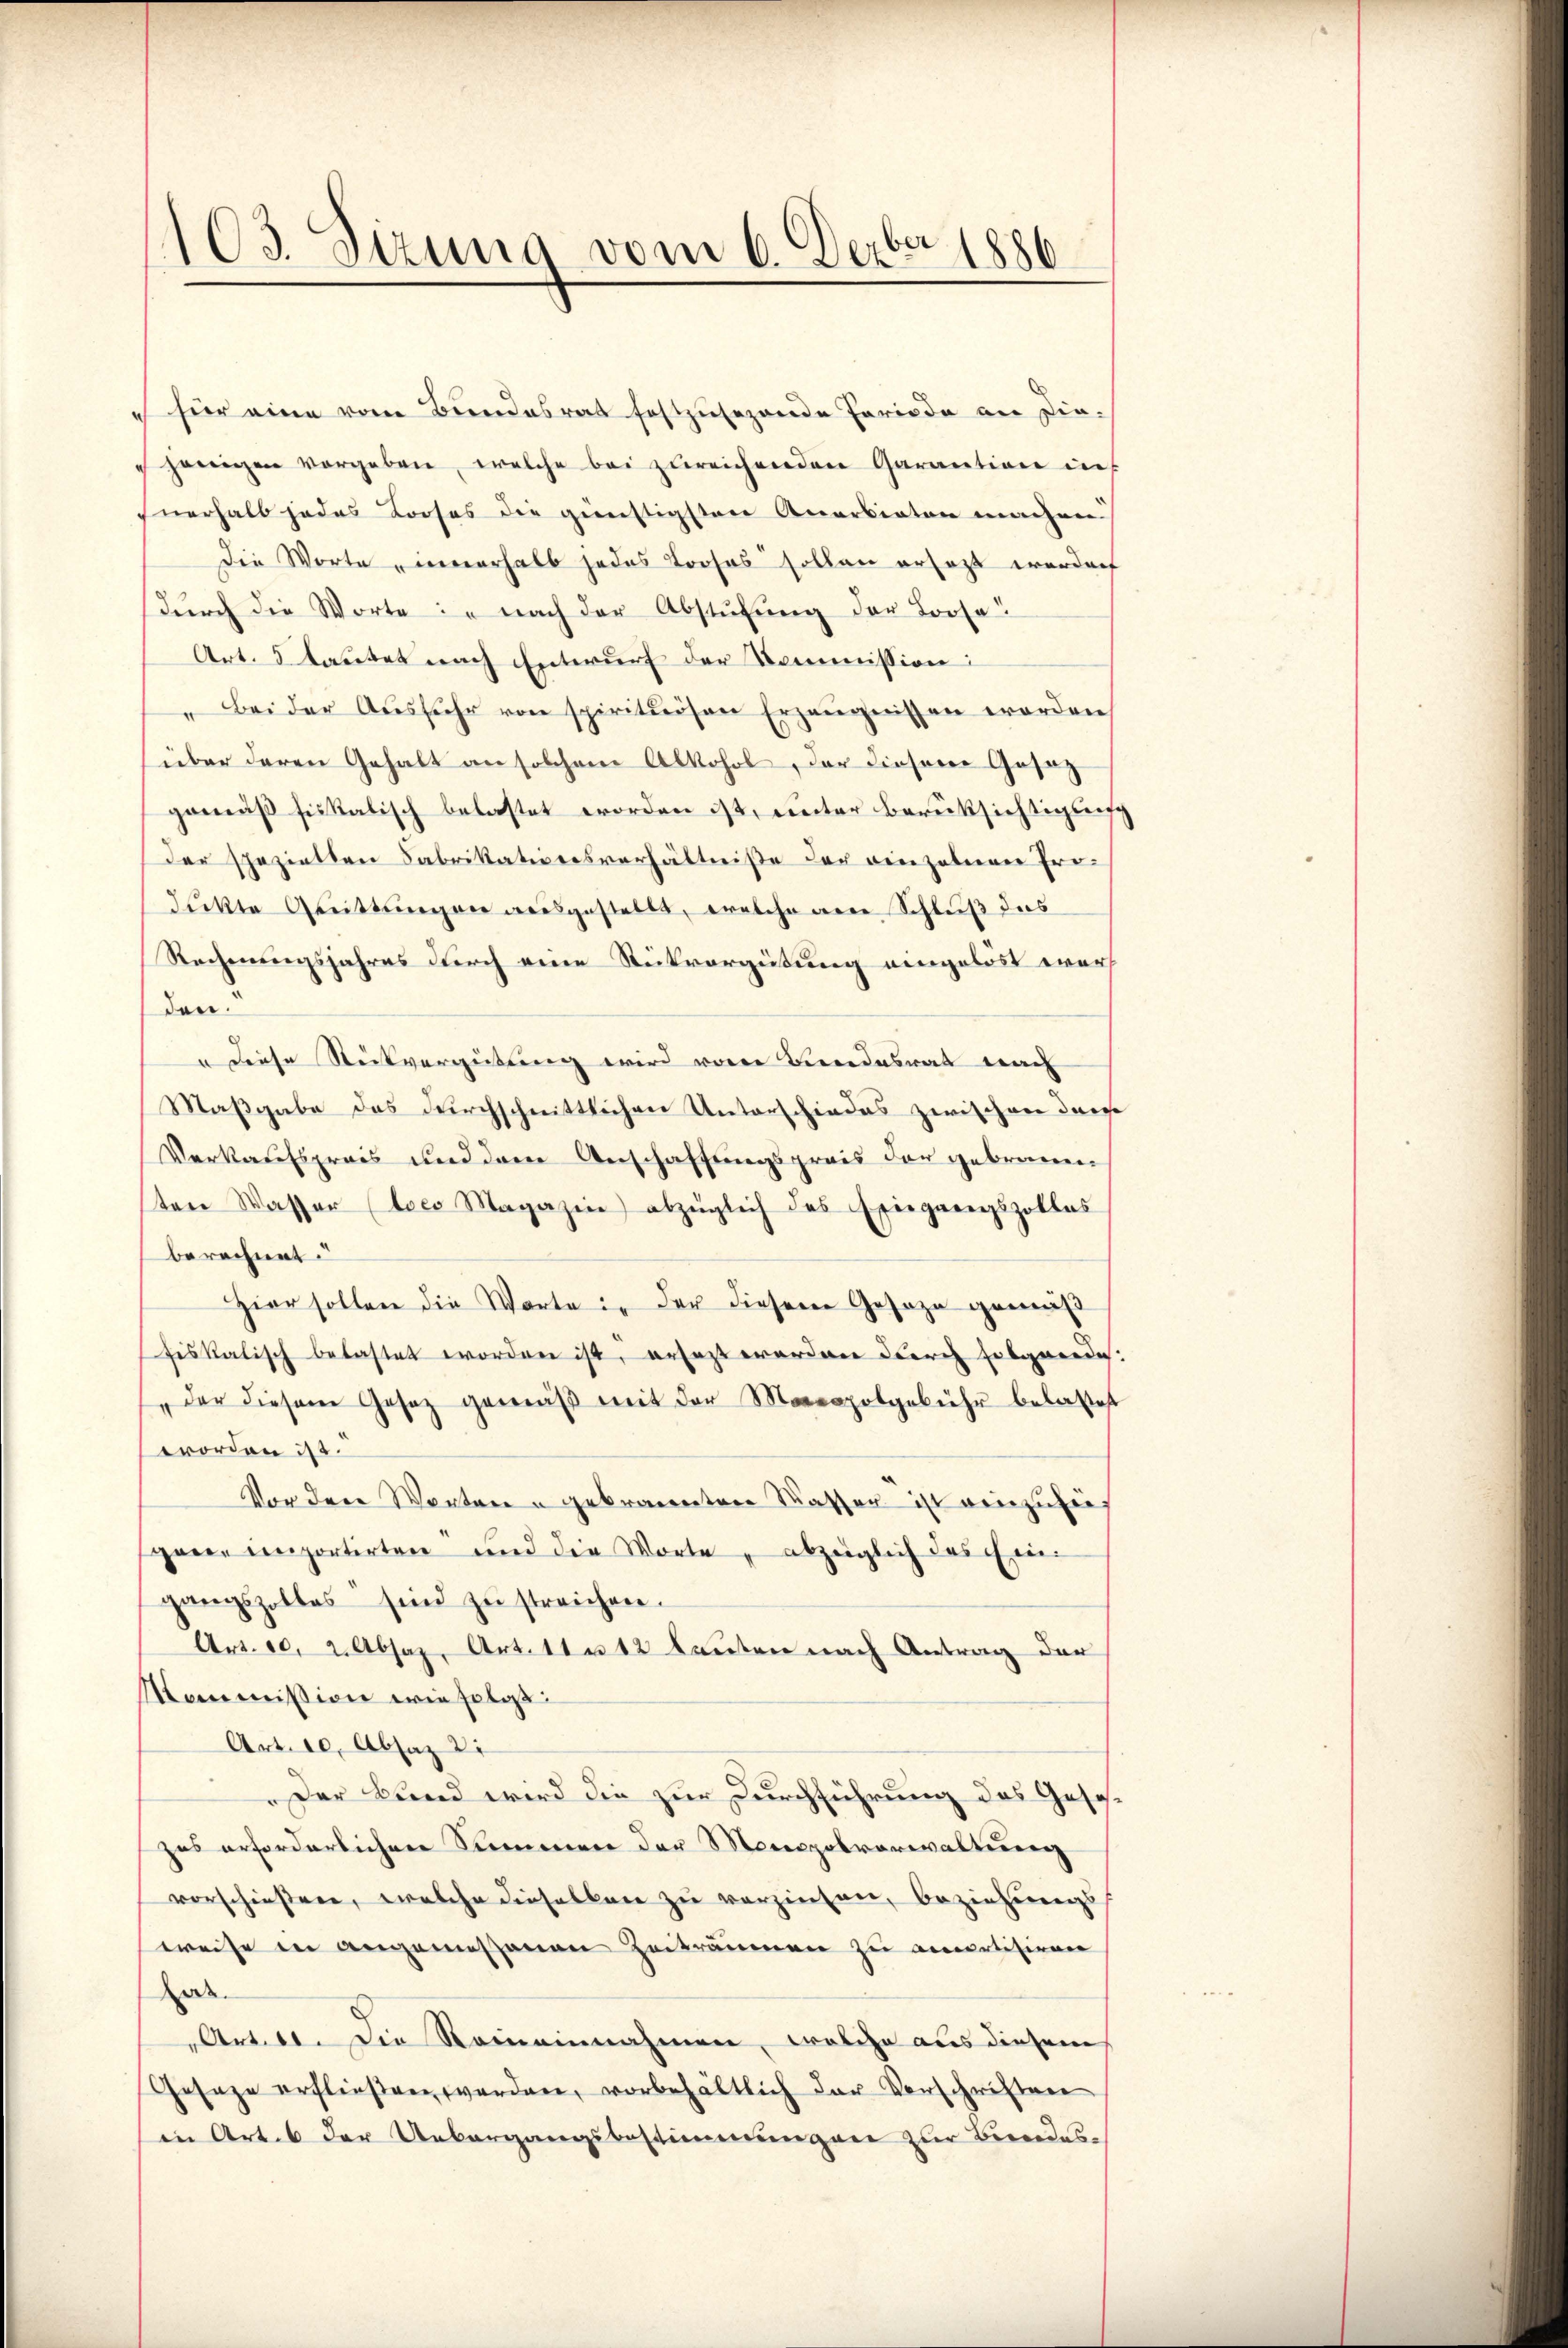
103. Sizung vom 6. Dezbr. 1886

e für eine vom Bundesrat festzusehende Periode an diejenigen vergeben, welche bei zureichenden Garantion in
nerhalb jedes Looses die günstigster Anerbieten machen
Die Worte innerhalb jedes Prosas sollen ersezt werden
dŭrch die Worte: " nach der Abstufung der Loose
Art. 5 lautet nach Entwurf der Kommission:
Beider Ausfuhr von spirituosen Erzeugnissen worden
über deren Gehalt an solchem Alkohol, der diesene Gesaz
gemäß fiskalisch belastet worden ist, unter Berüksichtigung
der speziellen Fabrikationsverhältniße der einzelnen Produkte Gattungen ausgestellt, welche am Schluß das
Rechnungsjahres durch eine Rückvergütung eingelöst war
den
" diese Reitvergütung wird von Bundesrat nach
Maßgabe des durchschnittlichen Unterschiedes zwischen dans
Verkaufspreis und dem Anschaffungspreis der gebrauen
ten Wasser (loco Magazin) abzüglich des Exiegangszolles
berechnet.
Hier sollen die Worte in der dieser Gesage gemäß
fiskalisch belastet worden ist, ersezt worden durch folgende
"der diesem Gesetz gemäβ mit der Monopolgebühr belastet
worden ist.
Vor den Worten u gebrannten Kasser ist einzufie
garre importirten und die Worte, abzuiglich das Ein-
gangszolles sind zu streichen.
Art. 10. 2. Absaz, Art. 11 u 12 lauten nach Antrag der
Kommission wie folgt
Art. 10. Absaz 21
Der Bund wird die zur Durchführung des Gesezes erforderlichen Kammen der Monopolverwaltung
vorschießene, welche dieselben zu verzinsen, beziehungs
weise in angemessenen Zeiträumen zu amortisiren
a
Art. 11. Die Reineinnahmen, welche aus diesem
Geseze erfließen werden, vorbehältlich der Vorschriften
in Art. 6 der Uebergangsbestimmungen zur Bundes¬